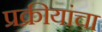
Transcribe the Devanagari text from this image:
प्रक्रीयांचा